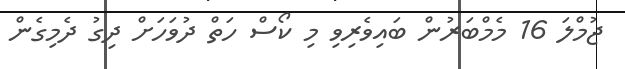
ޖުމްލަ 16 މެމްބަރުން ބައިވެރިވި މި ކޯސް ހަތް ދުވަހަށް ދިގު ދެމިގެން